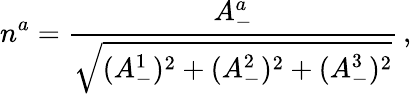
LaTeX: n^{a}=\frac{A_{-}^{a}}{\sqrt{(A_{-}^{1})^{2}+(A_{-}^{2})^{2}+(A_{-}^{3})^{2}}}\, ,